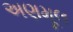
અણમૂલ